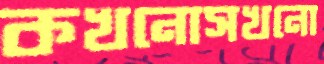
কখনোসখনো